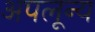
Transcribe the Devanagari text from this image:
अपलून्य